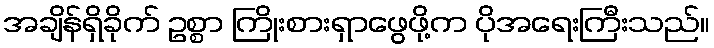
အချိန်ရှိခိုက် ဥစ္စာ ကြိုးစားရှာဖွေဖို့က ပိုအရေးကြီးသည်။